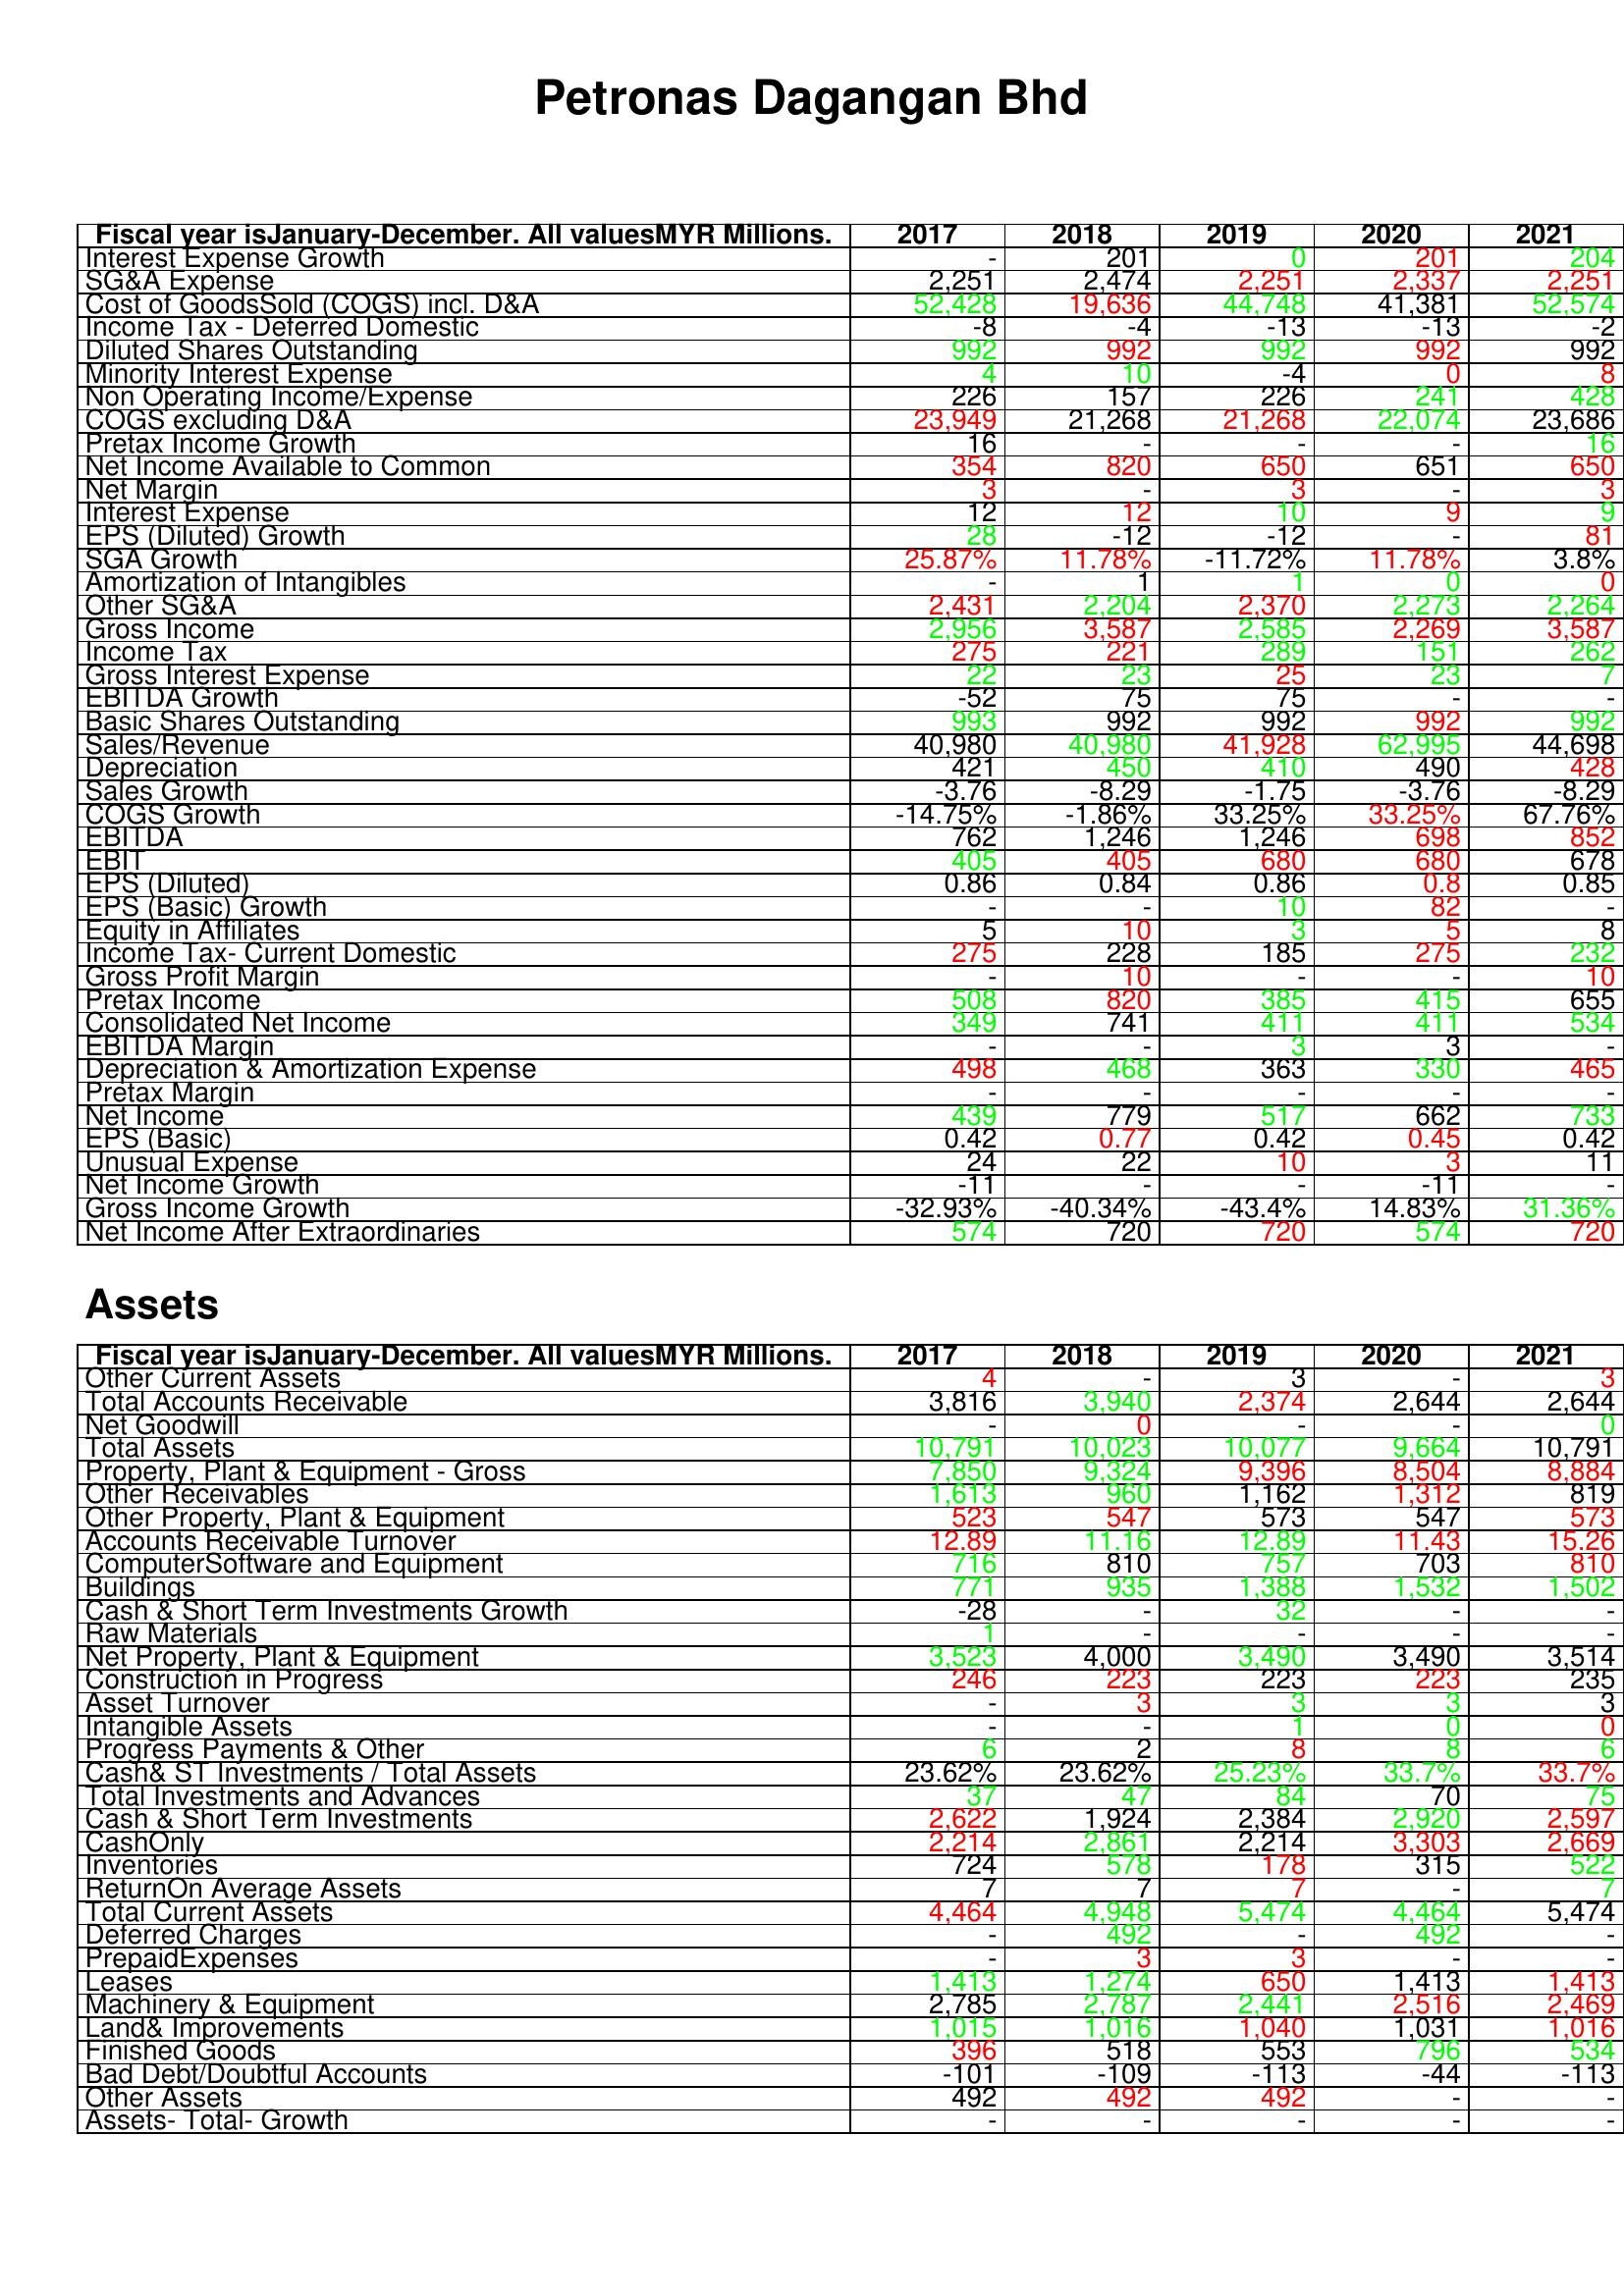
gt_parse: 2017: : Interest Expense Growth: -
SG&A Expense: 2,251
Cost of GoodsSold (COGS) incl. D&A: 52,428
Income Tax - Deferred Domestic: -8
Diluted Shares Outstanding: 992
Minority Interest Expense: 4
Non Operating Income/Expense: 226
COGS excluding D&A: 23,949
Pretax Income Growth: 16
Net Income Available to Common: 354
Net Margin: 3
Interest Expense: 12
EPS (Diluted) Growth: 28
SGA Growth: 25.87%
Amortization of Intangibles: -
Other SG&A: 2,431
Gross Income: 2,956
Income Tax: 275
Gross Interest Expense: 22
EBITDA Growth: -52
Basic Shares Outstanding: 993
Sales/Revenue: 40,980
Depreciation: 421
Sales Growth: -3.76
COGS Growth: -14.75%
EBITDA: 762
EBIT: 405
EPS (Diluted): 0.86
EPS (Basic) Growth: -
Equity in Affiliates: 5
Income Tax- Current Domestic: 275
Gross Profit Margin: -
Pretax Income: 508
Consolidated Net Income: 349
EBITDA Margin: -
Depreciation & Amortization Expense: 498
Pretax Margin: -
Net Income: 439
EPS (Basic): 0.42
Unusual Expense: 24
Net Income Growth: -11
Gross Income Growth: -32.93%
Net Income After Extraordinaries: 574
Assets: Other Current Assets: 4
Total Accounts Receivable: 3,816
Net Goodwill: -
Total Assets: 10,791
Property, Plant & Equipment - Gross : 7,850
Other Receivables: 1,613
Other Property, Plant & Equipment: 523
Accounts Receivable Turnover: 12.89
ComputerSoftware and Equipment: 716
Buildings: 771
Cash & Short Term Investments Growth: -28
Raw Materials: 1
Net Property, Plant & Equipment: 3,523
Construction in Progress: 246
Asset Turnover: -
Intangible Assets: -
Progress Payments & Other: 6
Cash& ST Investments / Total Assets: 23.62%
Total Investments and Advances: 37
Cash & Short Term Investments: 2,622
CashOnly: 2,214
Inventories: 724
ReturnOn Average Assets: 7
Total Current Assets: 4,464
Deferred Charges: -
PrepaidExpenses: -
Leases: 1,413
Machinery & Equipment: 2,785
Land& Improvements: 1,015
Finished Goods: 396
Bad Debt/Doubtful Accounts: -101
Other Assets: 492
Assets- Total- Growth: -
2018: : Interest Expense Growth: 201
SG&A Expense: 2,474
Cost of GoodsSold (COGS) incl. D&A: 19,636
Income Tax - Deferred Domestic: -4
Diluted Shares Outstanding: 992
Minority Interest Expense: 10
Non Operating Income/Expense: 157
COGS excluding D&A: 21,268
Pretax Income Growth: -
Net Income Available to Common: 820
Net Margin: -
Interest Expense: 12
EPS (Diluted) Growth: -12
SGA Growth: 11.78%
Amortization of Intangibles: 1
Other SG&A: 2,204
Gross Income: 3,587
Income Tax: 221
Gross Interest Expense: 23
EBITDA Growth: 75
Basic Shares Outstanding: 992
Sales/Revenue: 40,980
Depreciation: 450
Sales Growth: -8.29
COGS Growth: -1.86%
EBITDA: 1,246
EBIT: 405
EPS (Diluted): 0.84
EPS (Basic) Growth: -
Equity in Affiliates: 10
Income Tax- Current Domestic: 228
Gross Profit Margin: 10
Pretax Income: 820
Consolidated Net Income: 741
EBITDA Margin: -
Depreciation & Amortization Expense: 468
Pretax Margin: -
Net Income: 779
EPS (Basic): 0.77
Unusual Expense: 22
Net Income Growth: -
Gross Income Growth: -40.34%
Net Income After Extraordinaries: 720
Assets: Other Current Assets: -
Total Accounts Receivable: 3,940
Net Goodwill: 0
Total Assets: 10,023
Property, Plant & Equipment - Gross : 9,324
Other Receivables: 960
Other Property, Plant & Equipment: 547
Accounts Receivable Turnover: 11.16
ComputerSoftware and Equipment: 810
Buildings: 935
Cash & Short Term Investments Growth: -
Raw Materials: -
Net Property, Plant & Equipment: 4,000
Construction in Progress: 223
Asset Turnover: 3
Intangible Assets: -
Progress Payments & Other: 2
Cash& ST Investments / Total Assets: 23.62%
Total Investments and Advances: 47
Cash & Short Term Investments: 1,924
CashOnly: 2,861
Inventories: 578
ReturnOn Average Assets: 7
Total Current Assets: 4,948
Deferred Charges: 492
PrepaidExpenses: 3
Leases: 1,274
Machinery & Equipment: 2,787
Land& Improvements: 1,016
Finished Goods: 518
Bad Debt/Doubtful Accounts: -109
Other Assets: 492
Assets- Total- Growth: -
2019: : Interest Expense Growth: 0
SG&A Expense: 2,251
Cost of GoodsSold (COGS) incl. D&A: 44,748
Income Tax - Deferred Domestic: -13
Diluted Shares Outstanding: 992
Minority Interest Expense: -4
Non Operating Income/Expense: 226
COGS excluding D&A: 21,268
Pretax Income Growth: -
Net Income Available to Common: 650
Net Margin: 3
Interest Expense: 10
EPS (Diluted) Growth: -12
SGA Growth: -11.72%
Amortization of Intangibles: 1
Other SG&A: 2,370
Gross Income: 2,585
Income Tax: 289
Gross Interest Expense: 25
EBITDA Growth: 75
Basic Shares Outstanding: 992
Sales/Revenue: 41,928
Depreciation: 410
Sales Growth: -1.75
COGS Growth: 33.25%
EBITDA: 1,246
EBIT: 680
EPS (Diluted): 0.86
EPS (Basic) Growth: 10
Equity in Affiliates: 3
Income Tax- Current Domestic: 185
Gross Profit Margin: -
Pretax Income: 385
Consolidated Net Income: 411
EBITDA Margin: 3
Depreciation & Amortization Expense: 363
Pretax Margin: -
Net Income: 517
EPS (Basic): 0.42
Unusual Expense: 10
Net Income Growth: -
Gross Income Growth: -43.4%
Net Income After Extraordinaries: 720
Assets: Other Current Assets: 3
Total Accounts Receivable: 2,374
Net Goodwill: -
Total Assets: 10,077
Property, Plant & Equipment - Gross : 9,396
Other Receivables: 1,162
Other Property, Plant & Equipment: 573
Accounts Receivable Turnover: 12.89
ComputerSoftware and Equipment: 757
Buildings: 1,388
Cash & Short Term Investments Growth: 32
Raw Materials: -
Net Property, Plant & Equipment: 3,490
Construction in Progress: 223
Asset Turnover: 3
Intangible Assets: 1
Progress Payments & Other: 8
Cash& ST Investments / Total Assets: 25.23%
Total Investments and Advances: 84
Cash & Short Term Investments: 2,384
CashOnly: 2,214
Inventories: 178
ReturnOn Average Assets: 7
Total Current Assets: 5,474
Deferred Charges: -
PrepaidExpenses: 3
Leases: 650
Machinery & Equipment: 2,441
Land& Improvements: 1,040
Finished Goods: 553
Bad Debt/Doubtful Accounts: -113
Other Assets: 492
Assets- Total- Growth: -
2020: : Interest Expense Growth: 201
SG&A Expense: 2,337
Cost of GoodsSold (COGS) incl. D&A: 41,381
Income Tax - Deferred Domestic: -13
Diluted Shares Outstanding: 992
Minority Interest Expense: 0
Non Operating Income/Expense: 241
COGS excluding D&A: 22,074
Pretax Income Growth: -
Net Income Available to Common: 651
Net Margin: -
Interest Expense: 9
EPS (Diluted) Growth: -
SGA Growth: 11.78%
Amortization of Intangibles: 0
Other SG&A: 2,273
Gross Income: 2,269
Income Tax: 151
Gross Interest Expense: 23
EBITDA Growth: -
Basic Shares Outstanding: 992
Sales/Revenue: 62,995
Depreciation: 490
Sales Growth: -3.76
COGS Growth: 33.25%
EBITDA: 698
EBIT: 680
EPS (Diluted): 0.8
EPS (Basic) Growth: 82
Equity in Affiliates: 5
Income Tax- Current Domestic: 275
Gross Profit Margin: -
Pretax Income: 415
Consolidated Net Income: 411
EBITDA Margin: 3
Depreciation & Amortization Expense: 330
Pretax Margin: -
Net Income: 662
EPS (Basic): 0.45
Unusual Expense: 3
Net Income Growth: -11
Gross Income Growth: 14.83%
Net Income After Extraordinaries: 574
Assets: Other Current Assets: -
Total Accounts Receivable: 2,644
Net Goodwill: -
Total Assets: 9,664
Property, Plant & Equipment - Gross : 8,504
Other Receivables: 1,312
Other Property, Plant & Equipment: 547
Accounts Receivable Turnover: 11.43
ComputerSoftware and Equipment: 703
Buildings: 1,532
Cash & Short Term Investments Growth: -
Raw Materials: -
Net Property, Plant & Equipment: 3,490
Construction in Progress: 223
Asset Turnover: 3
Intangible Assets: 0
Progress Payments & Other: 8
Cash& ST Investments / Total Assets: 33.7%
Total Investments and Advances: 70
Cash & Short Term Investments: 2,920
CashOnly: 3,303
Inventories: 315
ReturnOn Average Assets: -
Total Current Assets: 4,464
Deferred Charges: 492
PrepaidExpenses: -
Leases: 1,413
Machinery & Equipment: 2,516
Land& Improvements: 1,031
Finished Goods: 796
Bad Debt/Doubtful Accounts: -44
Other Assets: -
Assets- Total- Growth: -
2021: : Interest Expense Growth: 204
SG&A Expense: 2,251
Cost of GoodsSold (COGS) incl. D&A: 52,574
Income Tax - Deferred Domestic: -2
Diluted Shares Outstanding: 992
Minority Interest Expense: 8
Non Operating Income/Expense: 428
COGS excluding D&A: 23,686
Pretax Income Growth: 16
Net Income Available to Common: 650
Net Margin: 3
Interest Expense: 9
EPS (Diluted) Growth: 81
SGA Growth: 3.8%
Amortization of Intangibles: 0
Other SG&A: 2,264
Gross Income: 3,587
Income Tax: 262
Gross Interest Expense: 7
EBITDA Growth: -
Basic Shares Outstanding: 992
Sales/Revenue: 44,698
Depreciation: 428
Sales Growth: -8.29
COGS Growth: 67.76%
EBITDA: 852
EBIT: 678
EPS (Diluted): 0.85
EPS (Basic) Growth: -
Equity in Affiliates: 8
Income Tax- Current Domestic: 232
Gross Profit Margin: 10
Pretax Income: 655
Consolidated Net Income: 534
EBITDA Margin: -
Depreciation & Amortization Expense: 465
Pretax Margin: -
Net Income: 733
EPS (Basic): 0.42
Unusual Expense: 11
Net Income Growth: -
Gross Income Growth: 31.36%
Net Income After Extraordinaries: 720
Assets: Other Current Assets: 3
Total Accounts Receivable: 2,644
Net Goodwill: 0
Total Assets: 10,791
Property, Plant & Equipment - Gross : 8,884
Other Receivables: 819
Other Property, Plant & Equipment: 573
Accounts Receivable Turnover: 15.26
ComputerSoftware and Equipment: 810
Buildings: 1,502
Cash & Short Term Investments Growth: -
Raw Materials: -
Net Property, Plant & Equipment: 3,514
Construction in Progress: 235
Asset Turnover: 3
Intangible Assets: 0
Progress Payments & Other: 6
Cash& ST Investments / Total Assets: 33.7%
Total Investments and Advances: 75
Cash & Short Term Investments: 2,597
CashOnly: 2,669
Inventories: 522
ReturnOn Average Assets: 7
Total Current Assets: 5,474
Deferred Charges: -
PrepaidExpenses: -
Leases: 1,413
Machinery & Equipment: 2,469
Land& Improvements: 1,016
Finished Goods: 534
Bad Debt/Doubtful Accounts: -113
Other Assets: -
Assets- Total- Growth: -